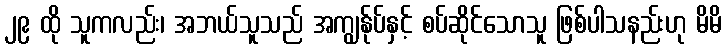
၂၉ ထို သူကလည်း၊ အဘယ်သူသည် အကျွန်ုပ်နှင့် စပ်ဆိုင်သောသူ ဖြစ်ပါသနည်းဟု မိမိ